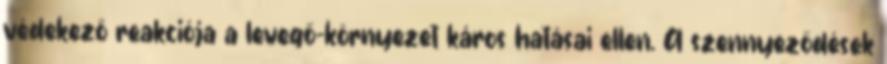
védekező reakciója a levegő-környezet káros hatásai ellen. A szennyeződések